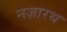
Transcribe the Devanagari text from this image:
नज़ारथ